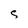
Character: s